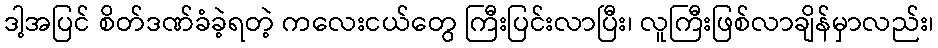
ဒါ့အပြင် စိတ်ဒဏ်ခံခဲ့ရတဲ့ ကလေးငယ်တွေ ကြီးပြင်းလာပြီး၊ လူကြီးဖြစ်လာချိန်မှာလည်း၊